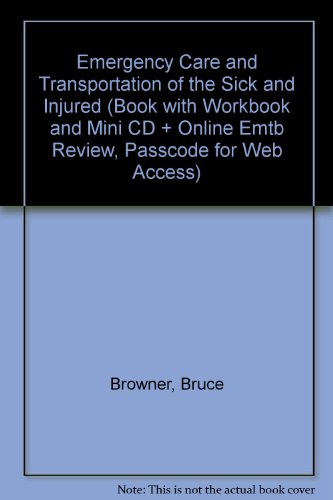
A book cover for Emergency Care and Transportation of the Sick and Injured (Book with Workbook and Mini CD + Online Emtb Review, Passcode for Web Access); Bruce Browner; Medical Books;